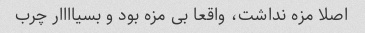
اصلا مزه نداشت، واقعا بی مزه بود و بسیاااار چرب